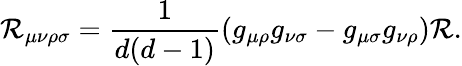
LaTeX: \mathcal{R}_{\mu\nu\rho\sigma}=\frac{{1}}{{d(d-1)}}(g_{\mu\rho}g_{\nu\sigma}-g_{\mu\sigma}g_{\nu\rho})\mathcal{R}.